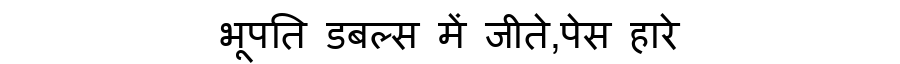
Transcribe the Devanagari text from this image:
भूपति डबल्स में जीते,पेस हारे